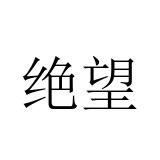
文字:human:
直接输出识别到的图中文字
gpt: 绝望